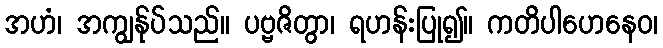
အဟံ၊ အကျွန်ုပ်သည်။ ပဗ္ဗဇိတွာ၊ ရဟန်းပြု၍။ ကတိပါဟေနေဝ၊